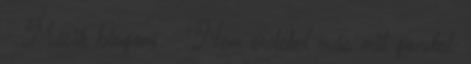
♥ Másik blogom ♥ "Nem érdekel más mit gondol.